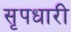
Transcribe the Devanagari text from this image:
सृपधारी